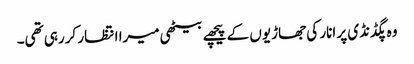
وہ پگڈنڈی پر انار کی جھاڑیوں کے پیچھے بیٹھی میرا انتظار کررہی تھی۔